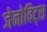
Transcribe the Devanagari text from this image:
जेनोविट्स